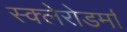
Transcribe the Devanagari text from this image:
स्क्‍लेरोडर्मा